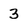
Character: 3